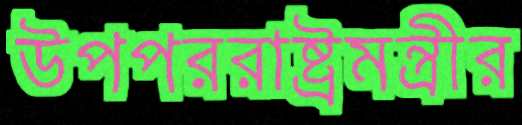
উপপররাষ্ট্রমন্ত্রীর